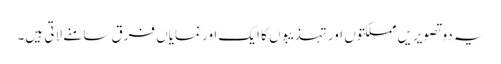
یہ دو تصویریں مملکتوں اور تہذیبوں کا ایک اور نمایاں فرق سامنے لاتی ہیں۔